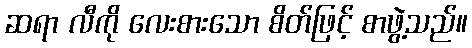
ဆရာ လီကို လေးစားသော စိတ်ဖြင့် စာဖွဲ့သည်။